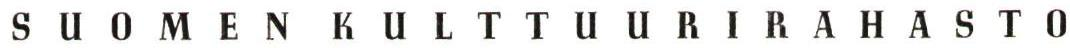
SUOMEN KULTTUURIRAHASTO